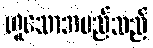
ဟူသောအမည်သည်